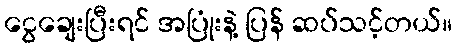
ငွေချေးပြီးရင် အပြုံးနဲ့ ပြန် ဆပ်သင့်တယ်။